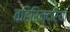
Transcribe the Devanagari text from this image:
बहिरिन्द्रियों